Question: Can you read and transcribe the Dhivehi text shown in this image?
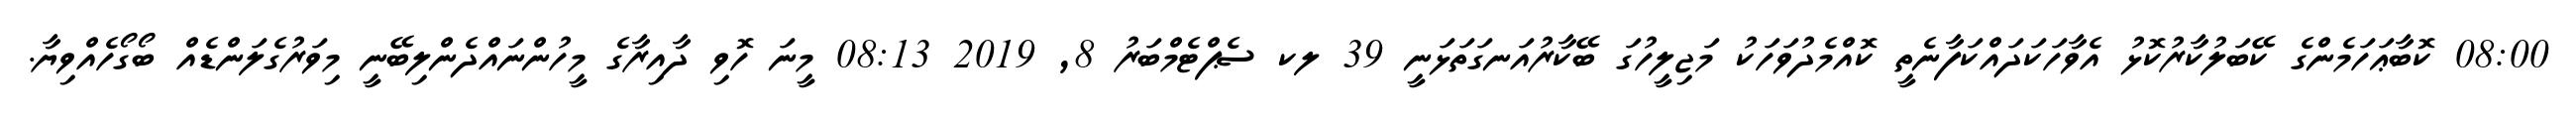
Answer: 08:00 ކޮބާޢަހަމެންގެ ކޭބަލުކާރުކޮޅު އެވާހަކަދައްކަފާނެތީ ކޮއްމެދުވަހަކު މަޖިލީހުގަ ބޭކާރުއަނގަތަޅަނީ 39 ލކ ސެޕްޓެމްބަރު 8, 2019 08:13 މީނަ ހޮވި ދާއިރާގެ މީހުންނައްދެންލިބޭނީ މިވަރުގެލަންޑެއް ބޯގޯހެއްވިޔާ.